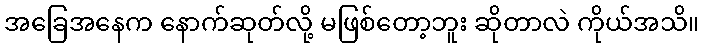
အခြေအနေက နောက်ဆုတ်လို့ မဖြစ်တော့ဘူး ဆိုတာလဲ ကိုယ်အသိ။